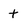
Character: t